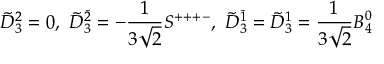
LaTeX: \tilde { D } _ { 3 } ^ { 2 } = 0 , \ \tilde { D } _ { 3 } ^ { \bar { 2 } } = - \frac { 1 } { 3 \sqrt { 2 } } S ^ { + + + - } , \ \tilde { D } _ { 3 } ^ { \bar { 1 } } = \tilde { D } _ { 3 } ^ { 1 } = \frac { 1 } { 3 \sqrt { 2 } } B _ { 4 } ^ { 0 }